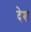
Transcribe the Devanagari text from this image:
देेश